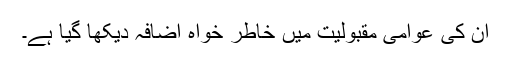
اُن کی عوامی مقبولیت میں خاطر خواہ اضافہ دیکھا گیا ہے۔